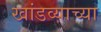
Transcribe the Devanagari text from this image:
खांडव्याच्या